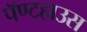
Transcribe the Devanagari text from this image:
पॅण्टहाउस